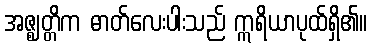
အဇ္ဈတ္တိက ဓာတ်လေးပါးသည် ဣရိယာပုထ်ရှိ၏။